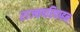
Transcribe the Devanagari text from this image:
राज्यपरिवाहन